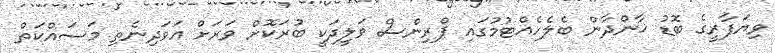
ވިޔަފާރީގެ ބޮޑު ޚާންދާން ބެލެހެއްޓުމުގައި ޕްރިންސް ވަލީދަކީ ބުރަކޮށް ވަރަށް އަވަދިނެތި މަސައްކަތް